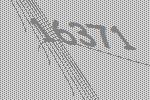
16371